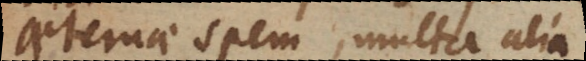
aeternae spem, multa alia